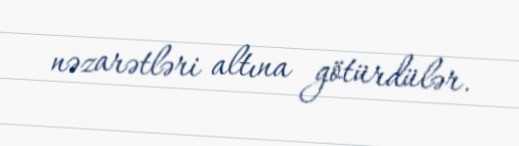
nəzarətləri altına götürdülər.